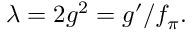
\lambda = 2 g ^ { 2 } = g ^ { \prime } / f _ { \pi } .